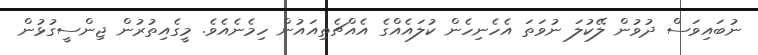
ނުބައިވަސް ދުވުން ލޭކުލަ ނުވަތަ އެހެނިހެން ކުލައެއްގެ އެއްޗެތިއައުން ހިމެނެއެވެ. މީގެއިތުރުން ޖިންސީގުޅުން